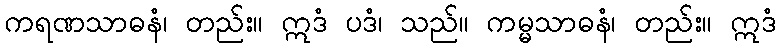
ကရဏသာဓနံ၊ တည်း။ ဣဒံ ပဒံ၊ သည်။ ကမ္မသာဓနံ၊ တည်း။ ဣဒံ